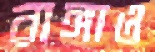
রাঙ্গাও